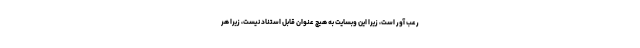
رعب آور است، زیرا این وبسایت به هیچ عنوان قابل استناد نیست، زیرا هر